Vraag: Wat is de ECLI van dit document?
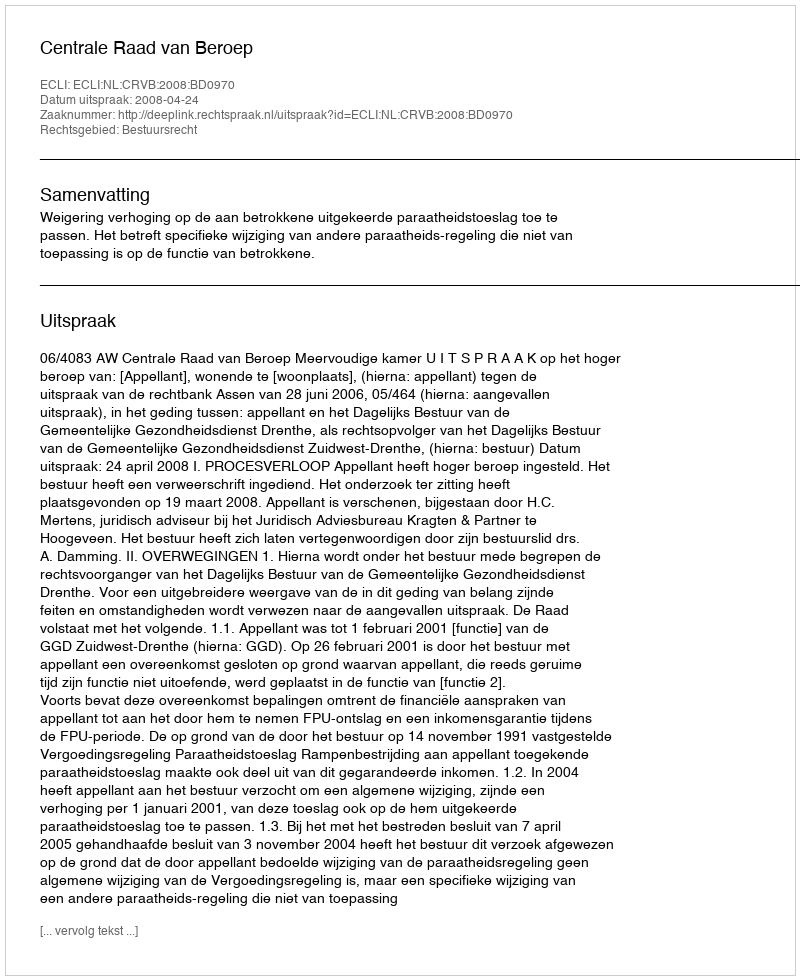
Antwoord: ECLI:NL:CRVB:2008:BD0970